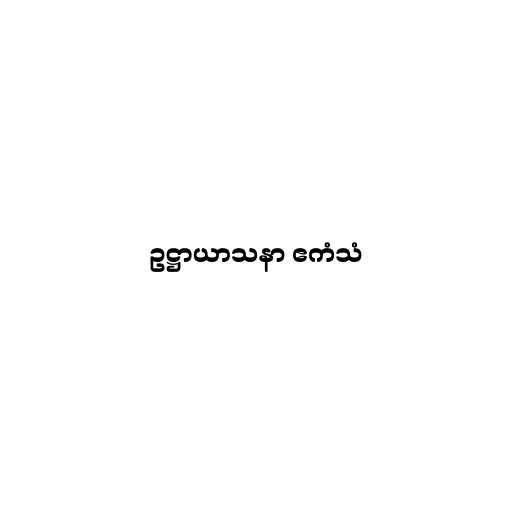
ဥဋ္ဌာယာသနာ ဧကံသံ